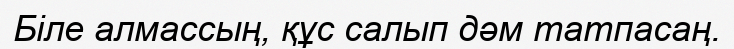
Біле алмассың, құс салып дәм татпасаң.